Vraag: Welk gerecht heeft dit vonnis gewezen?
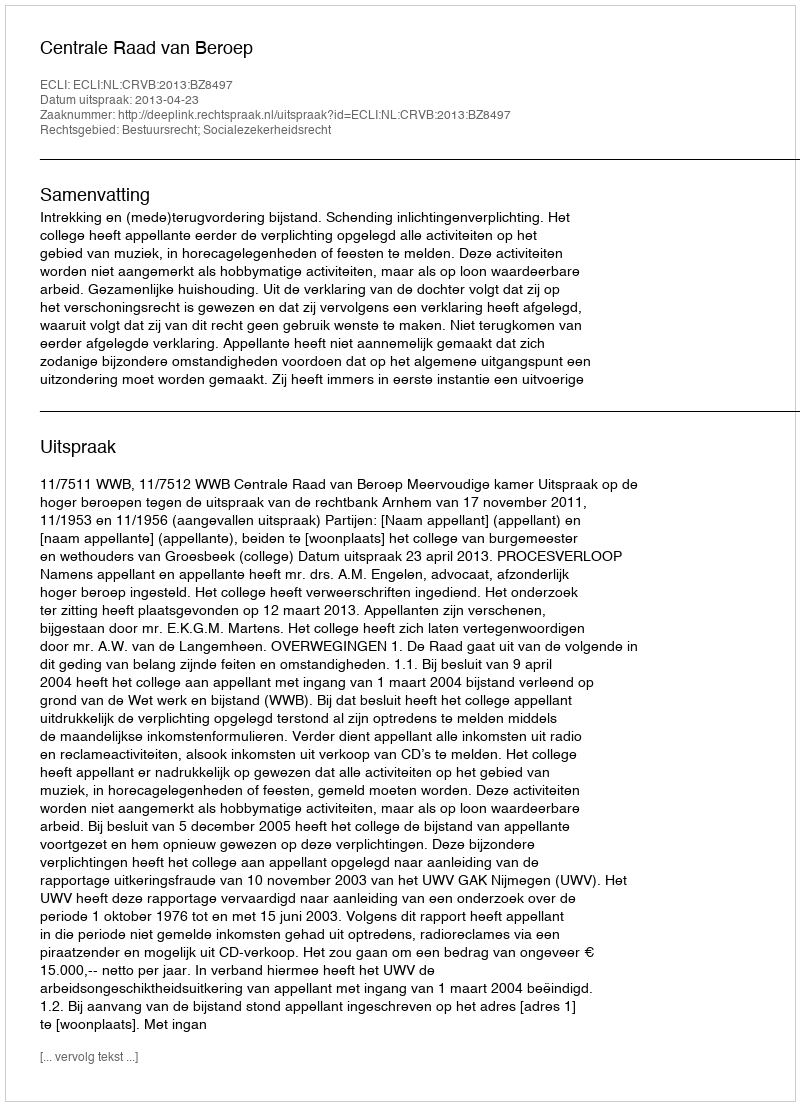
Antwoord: Centrale Raad van Beroep